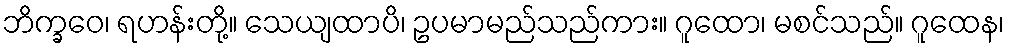
ဘိက္ခဝေ၊ ရဟန်းတို့။ သေယျထာပိ၊ ဥပမာမည်သည်ကား။ ဂူထော၊ မစင်သည်။ ဂူထေန၊